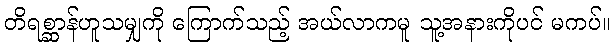
တိရစ္ဆာန်ဟူသမျှကို ကြောက်သည့် အယ်လာကမူ သူ့အနားကိုပင် မကပ်။